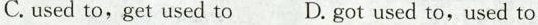
C.used to,get used to D.got used to,used to